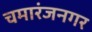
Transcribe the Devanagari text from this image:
चमारंजनगर